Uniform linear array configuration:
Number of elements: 48
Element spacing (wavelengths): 0.75
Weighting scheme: hann
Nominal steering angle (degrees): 45
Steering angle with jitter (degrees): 45.764
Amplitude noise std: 0.05
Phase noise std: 0.05

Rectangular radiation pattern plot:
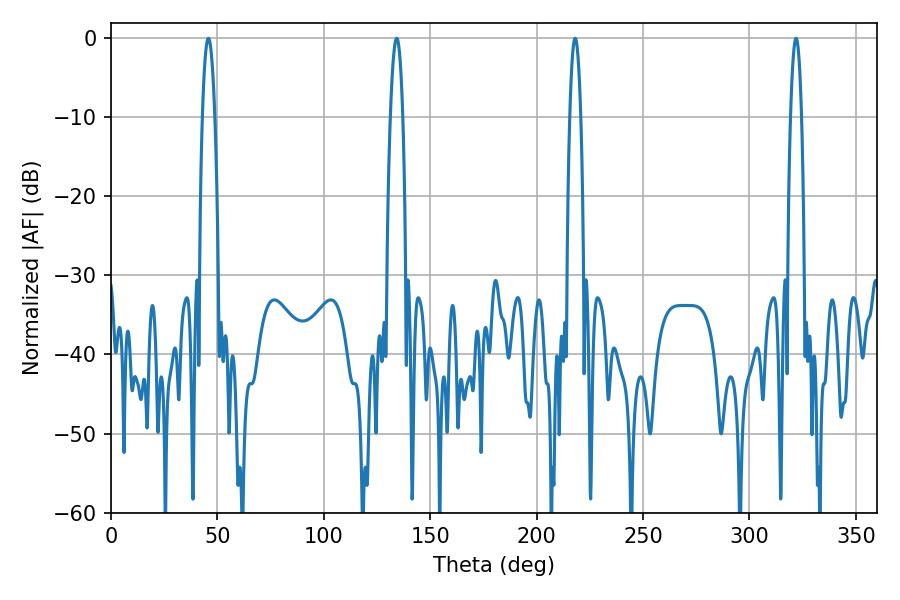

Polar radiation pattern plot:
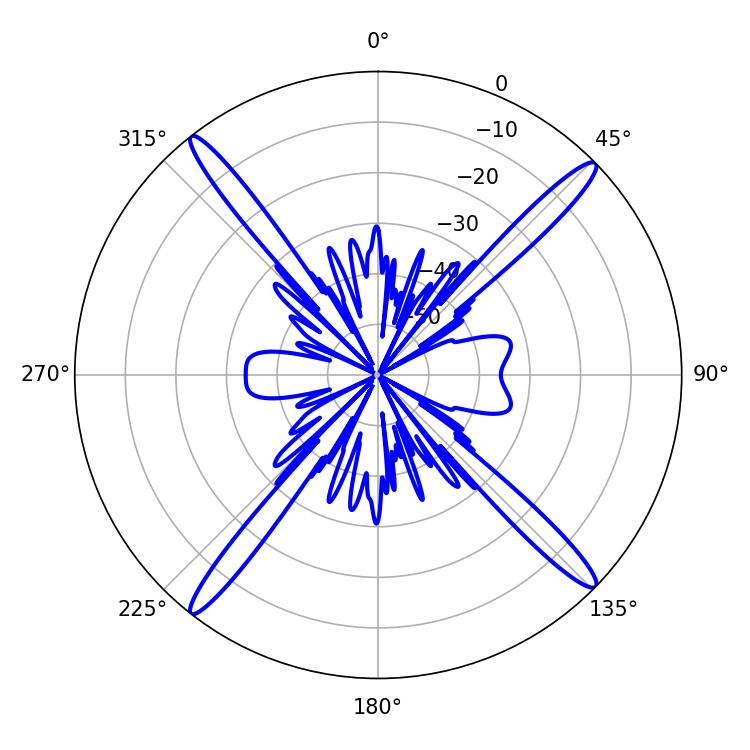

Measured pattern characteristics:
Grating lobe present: TRUE
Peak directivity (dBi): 19.821
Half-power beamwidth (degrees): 3.06
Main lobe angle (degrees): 45.72